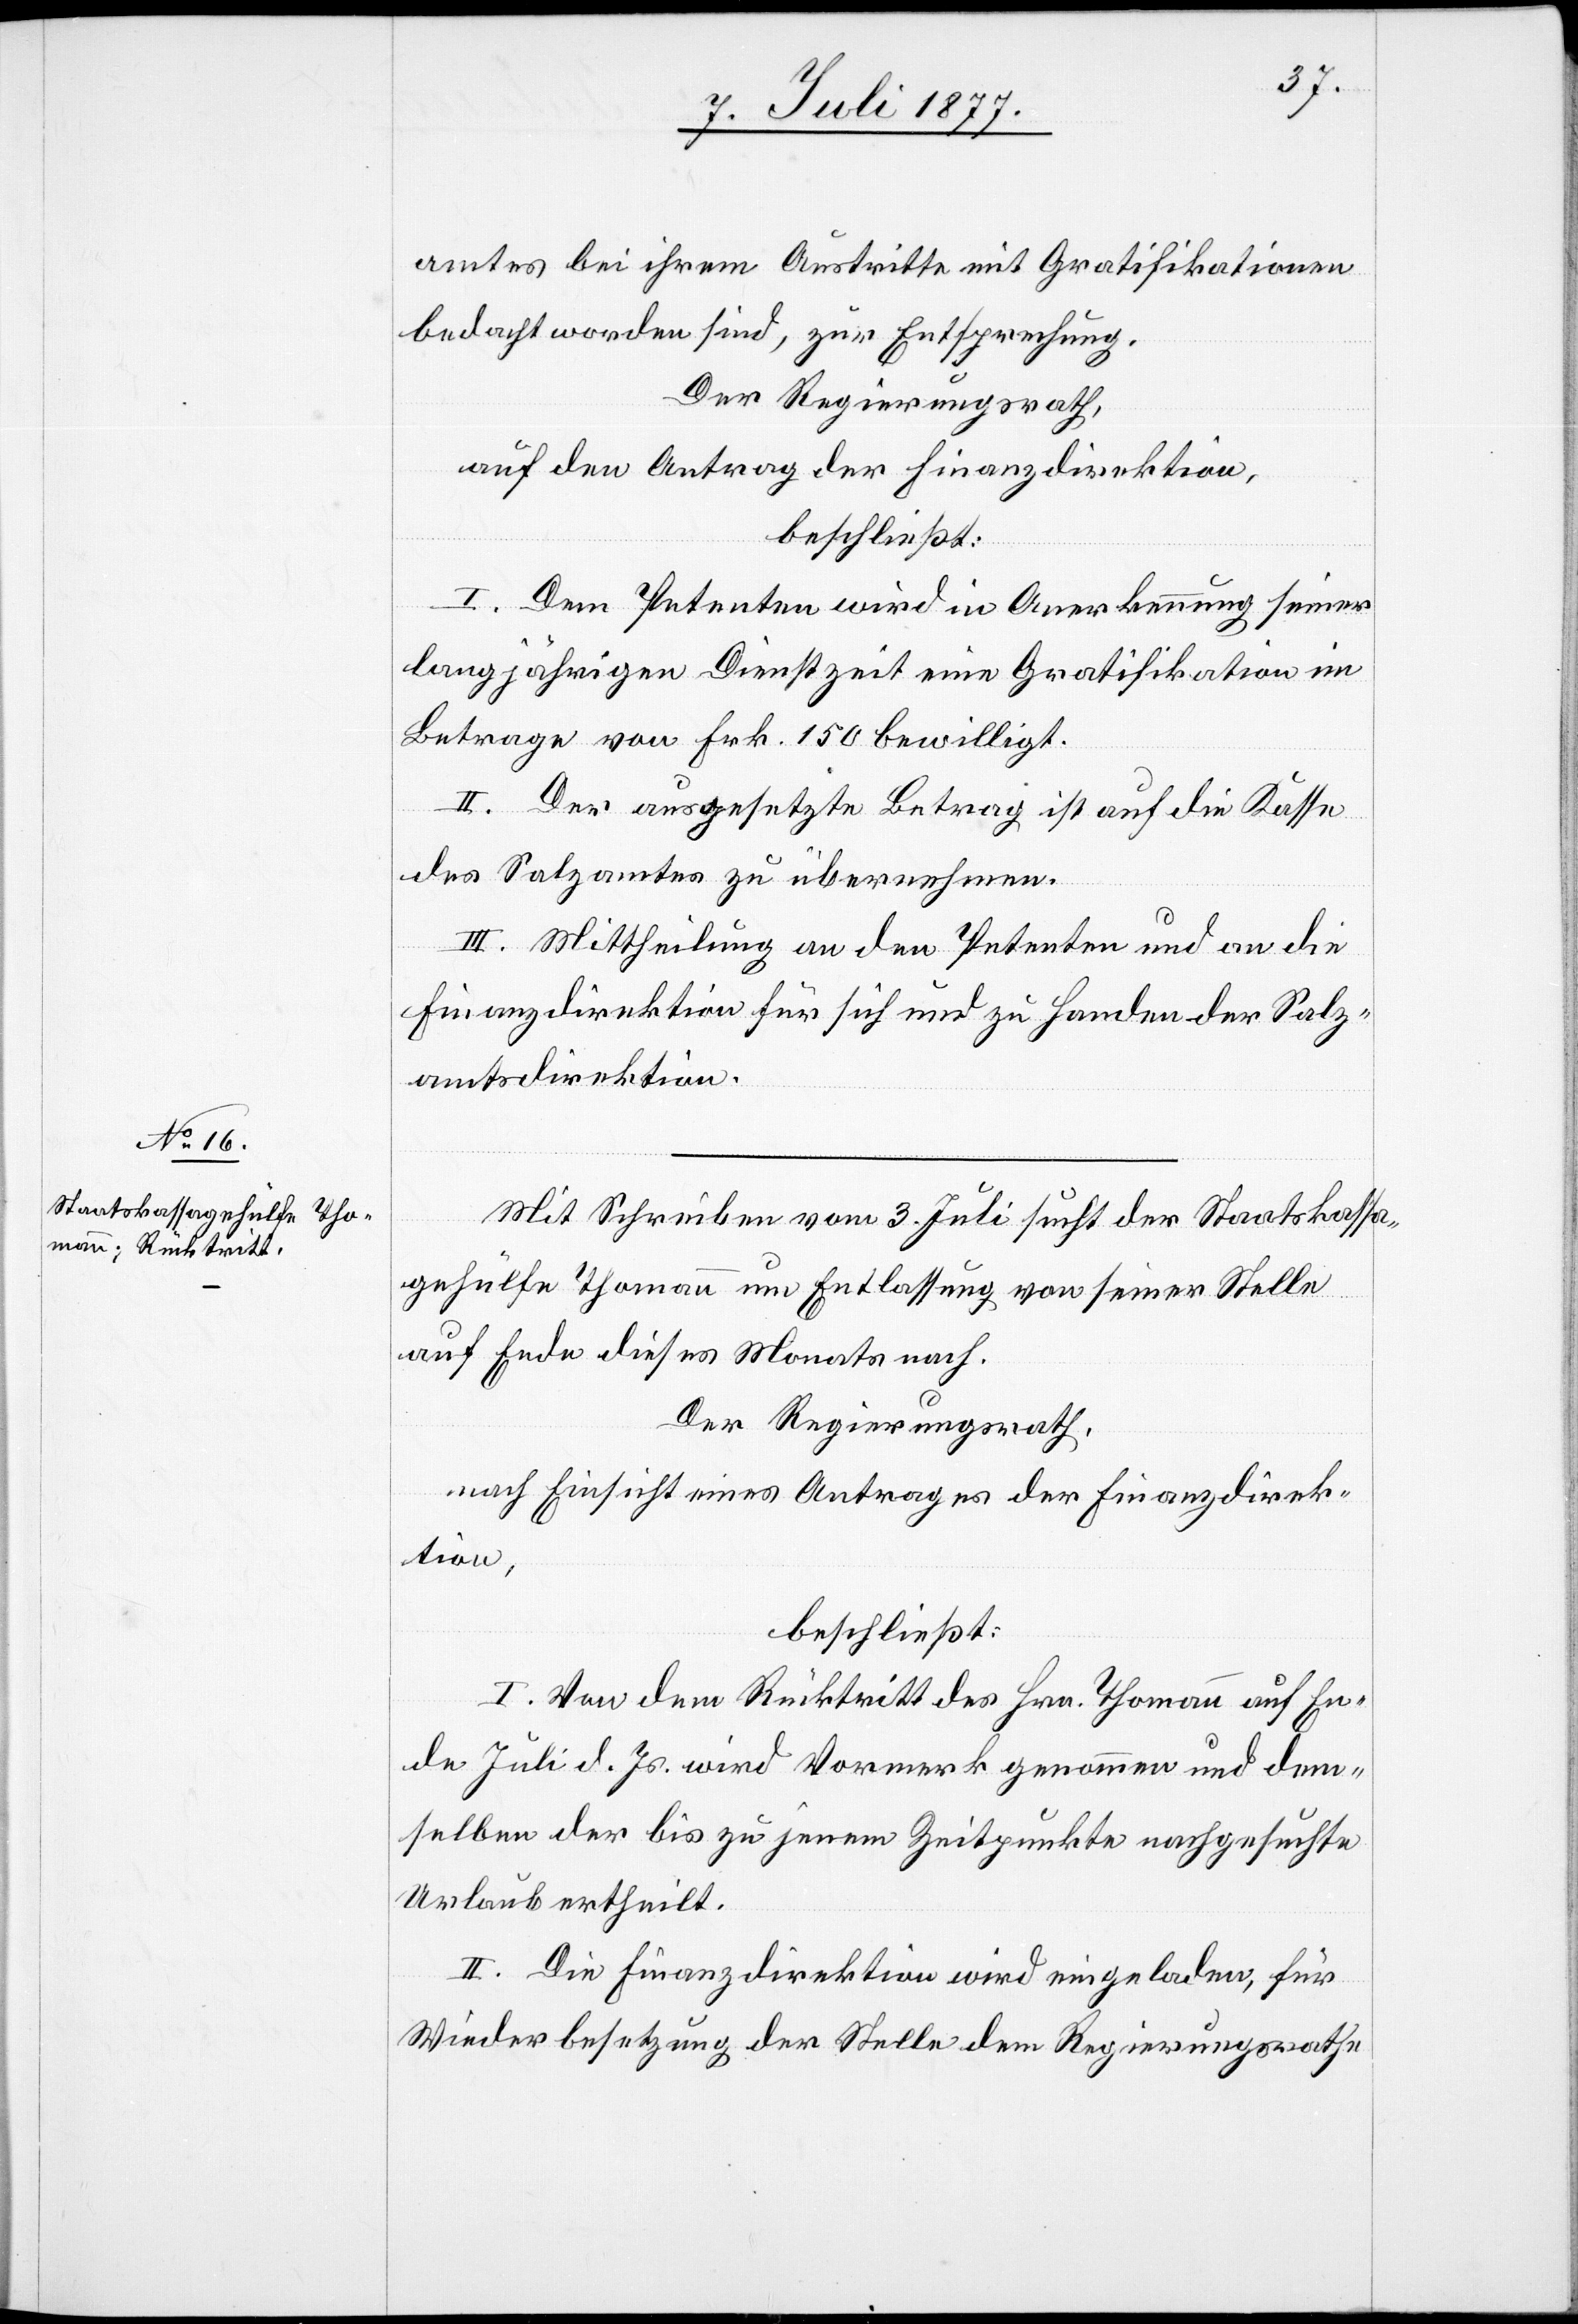
amtes bei ihrem Austritte mit Gratifikationen
bedacht worden sind, zur Entsprechung.
Der Regierungsrath,
auf den Antrag der Finanzdirektion,
beschließt:
I. Dem Petenten wird in Anerkennung seiner
langjährigen Dienstzeit eine Gratifikation im
Betrage von Frk. 150 bewilligt.
II. Der ausgesetzte Betrag ist auf die Kasse
des Salzamtes zu übernehmen.
III. Mittheilung an den Petenten und an die
Finanzdirektion für sich und zu Handen der Salz¬
amtsdirektion.
Mit Schreiben vom 3. Juli sucht der Staatskassa¬
gehülfe Thomann um Entlassung von seiner Stelle
auf Ende dieses Monats nach.
Der Regierungsrath,
nach Einsicht eines Antrages der Finanzdirek¬
tion,
beschließt:
I. Von dem Rücktritt des Hrn. Thomann auf En¬
de Juli d. Js. wird Vormerk genommen und dem¬
selben der bis zu jenem Zeitpunkte nachgesuchte
Urlaub ertheilt.
II. Die Finanzdirektion wird eingeladen, für
Wiederbesetzung der Stelle dem Regierungsrathe